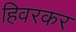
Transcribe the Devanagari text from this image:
हिवरकर